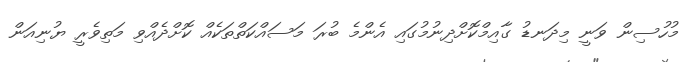
މުހުސިން ވަނީ މިދަނޑު ގާއިމްކޮށްދިނުމުގައި އެންމެ ބުރަ މަސައްކަތްތަކެއް ކޮށްދެއްވި މަތިވެރީ ޔުނިއަން